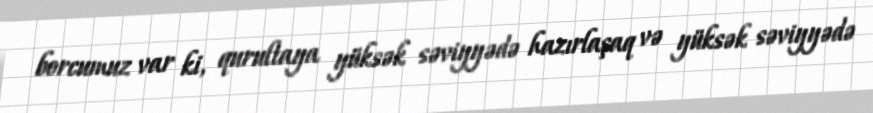
borcumuz var ki, qurultaya yüksək səviyyədə hazırlaşaq və yüksək səviyyədə